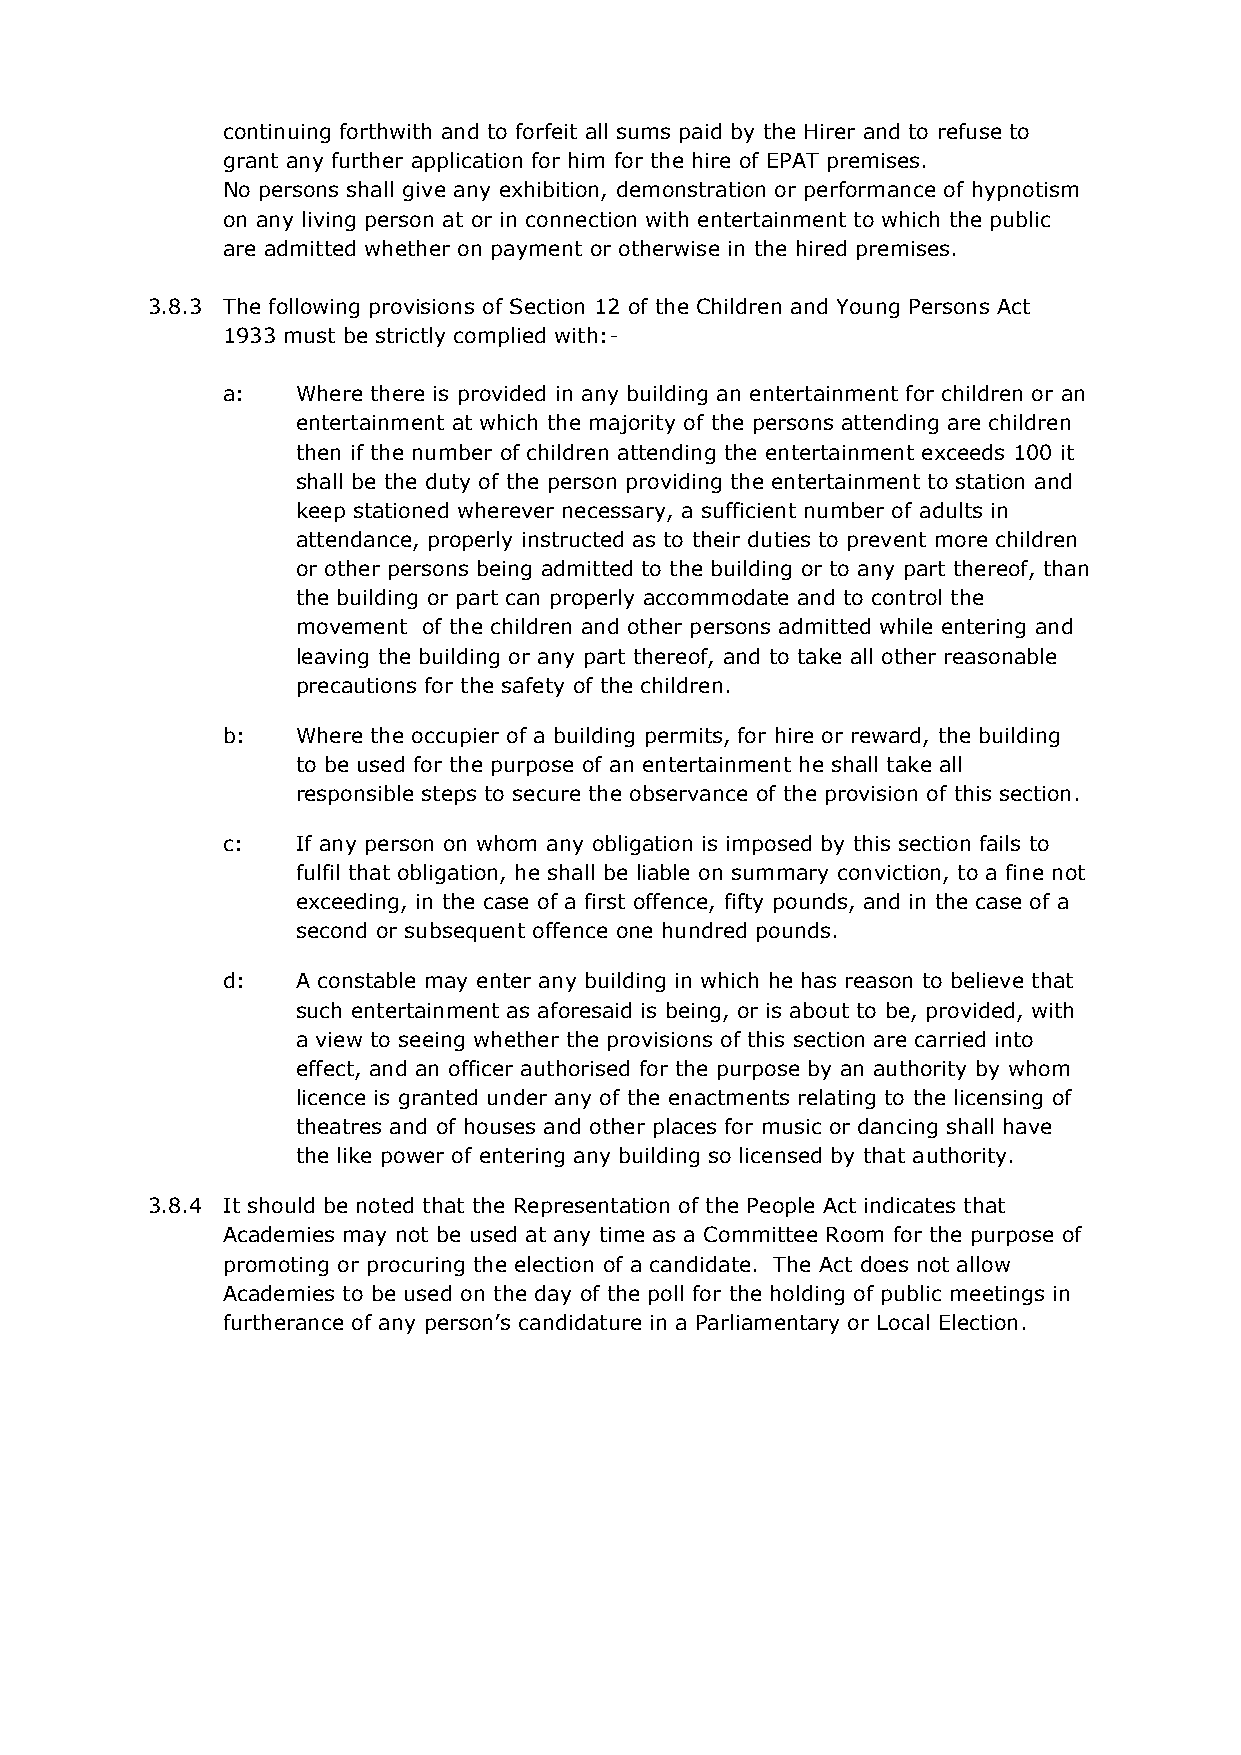
continuing forthwith and to forfeit all sums paid by the Hirer and to refuse to
 grant any further application for him for the hire of EPAT premises.
 No persons shall give any exhibition, demonstration or performance of hypnotism
 on any living person at or in connection with entertainment to which the public
 are admitted whether on payment or otherwise in the hired premises.
 3.8.3 The following provisions of Section 12 of the Children and Young Persons Act
 1933 must be strictly complied with:-
 a:   Where there is provided in any building an entertainment for children or an
 entertainment at which the majority of the persons attending are children
 then if the number of children attending the entertainment exceeds 100 it
 shall be the duty of the person providing the entertainment to station and
 keep stationed wherever necessary, a sufficient number of adults in
 attendance, properly instructed as to their duties to prevent more children
 or other persons being admitted to the building or to any part thereof, than
 the building or part can properly accommodate and to control the
 movement of the children and other persons admitted while entering and
 leaving the building or any part thereof, and to take all other reasonable
 precautions for the safety of the children.
 b:   Where the occupier of a building permits, for hire or reward, the building
 to be used for the purpose of an entertainment he shall take all
 responsible steps to secure the observance of the provision of this section.
 c:   If any person on whom any obligation is imposed by this section fails to
 fulfil that obligation, he shall be liable on summary conviction, to a fine not
 exceeding, in the case of a first offence, fifty pounds, and in the case of a
 second or subsequent offence one hundred pounds.
 d:   A constable may enter any building in which he has reason to believe that
 such entertainment as aforesaid is being, or is about to be, provided, with
 a view to seeing whether the provisions of this section are carried into
 effect, and an officer authorised for the purpose by an authority by whom
 licence is granted under any of the enactments relating to the licensing of
 theatres and of houses and other places for music or dancing shall have
 the like power of entering any building so licensed by that authority.
 3.8.4 It should be noted that the Representation of the People Act indicates that
 Academies may not be used at any time as a Committee Room for the purpose of
 promoting or procuring the election of a candidate. The Act does not allow
 Academies to be used on the day of the poll for the holding of public meetings in
 furtherance of any person’s candidature in a Parliamentary or Local Election.